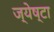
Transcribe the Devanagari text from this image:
ज्येष्टा